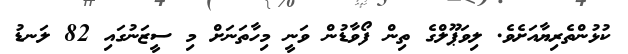
ކުޅުންތެރިޔާއަށެވެ. ލިވަޕޫލްގެ ތިން ފޯވާޑުން ވަނީ މިހާތަނަށް މި ސީޒަނުގައި 82 ލަނޑު